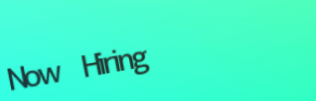
Now Hiring